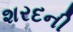
શરદની